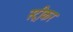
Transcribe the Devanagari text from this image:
स्ट्रीकर